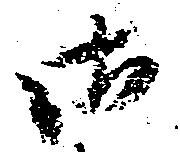
御